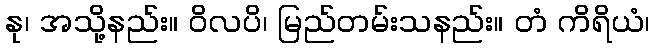
နု၊ အသို့နည်း။ ဝိလပိ၊ မြည်တမ်းသနည်း။ တံ ကိရိယံ၊